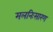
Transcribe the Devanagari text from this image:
मलनिःसारण